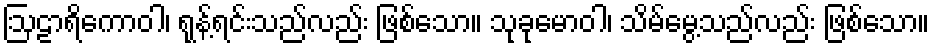
ဩဠာရိကောဝါ၊ ရုန့်ရင်းသည်လည်း ဖြစ်သော။ သုခုမောဝါ၊ သိမ်မွေ့သည်လည်း ဖြစ်သော။